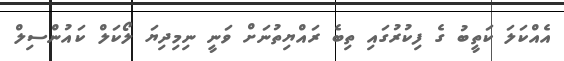
އެއްކަލަ ކަތީބު ގެ ފިކުރުގައި ތިބެ ރައްޔިތުނަށް ވަނީ ނިމިދިޔަ ލޯކަލް ކައުންސިލް